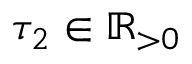
\tau _ { 2 } \in \mathbb { R } _ { > 0 }